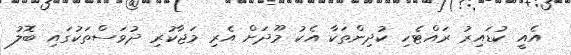
އެއީ ކުޑައިރު ރައްޓެހި ކުދިންތަކާ އެކު މޫދަށް އެރި މަޖާކުރި ދުވަސްތަކުގައި ބޮލު